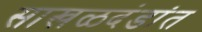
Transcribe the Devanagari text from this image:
साखळदंडांत